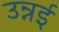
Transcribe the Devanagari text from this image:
उन्नई